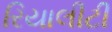
રિયાલીટી